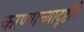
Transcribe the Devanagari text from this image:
करण्याच्यादृष्टीने